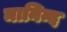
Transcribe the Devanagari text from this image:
मानिन्द